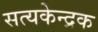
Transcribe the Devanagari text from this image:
सत्यकेन्द्रक